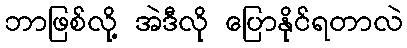
ဘာဖြစ်လို့ အဲဒီလို ပြောနိုင်ရတာလဲ